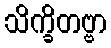
သိက္ခိတဗ္ဗာ